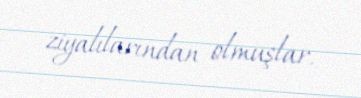
ziyalılarından olmuşlar.